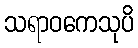
သရာဝကေသုပိ